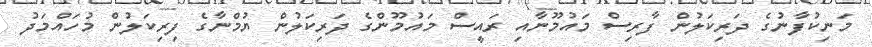
މަނިކުފާނުގެ ދަރިކަލުން ފާރިސް މައުމޫނާއި ރައީސް މައުމޫންގެ ދަރިކަލުން ޔުމްނާގެ ފިރިކަލުން މުހައްމަދު